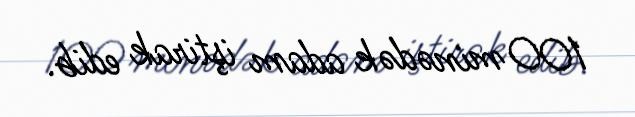
100 minədək adam iştirak edib.